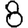
Digit: 8